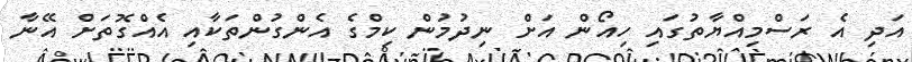
އަދި އެ ރަސްމިއްޔާތުގައި ހިއޯން އަށް ނިދުމުން ކިމްގެ އެންގުންތަކާއި އެއްގޮތަށް އޭނާ